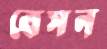
বেসন